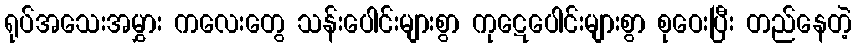
ရုပ်အသေးအမွှား ကလေးတွေ သန်းပေါင်းများစွာ ကုဋေပေါင်းများစွာ စုဝေးပြီး တည်နေတဲ့